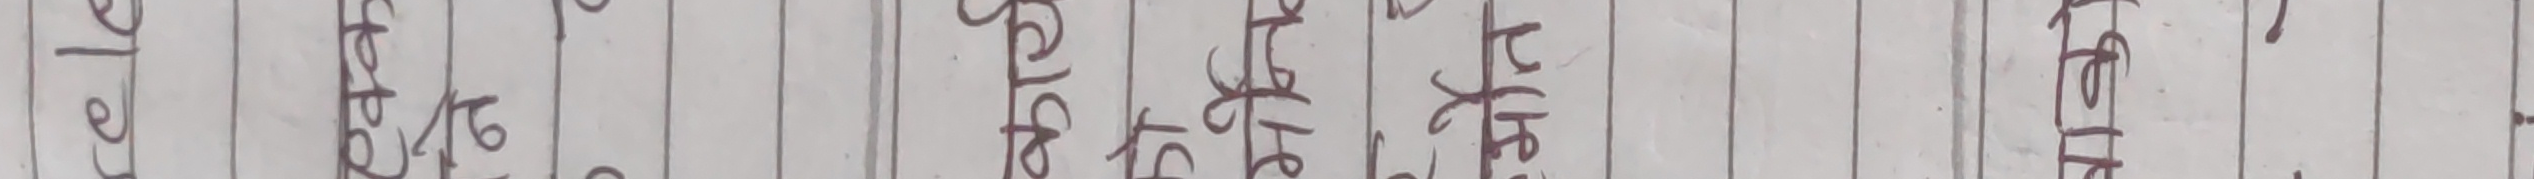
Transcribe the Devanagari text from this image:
केले सकते साग भाते बारे चाँही